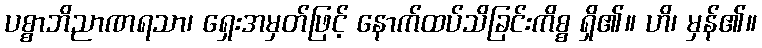
ပစ္စာဘိညာဏရသာ၊ ရှေးအမှတ်ဖြင့် နောက်ထပ်သိခြင်းကိစ္စ ရှိ၏။ ဟိ၊ မှန်၏။